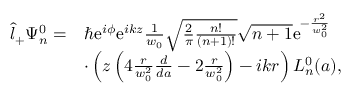
\begin{array} { r l } { \hat { l } _ { + } \Psi _ { n } ^ { 0 } = } & { \hbar \mathrm { e } ^ { i \phi } \mathrm { e } ^ { i k z } \frac { 1 } { w _ { 0 } } \sqrt { \frac { 2 } { \pi } \frac { n ! } { ( n + 1 ) ! } } \sqrt { n + 1 } \mathrm { e } ^ { - \frac { r ^ { 2 } } { w _ { 0 } ^ { 2 } } } } \\ & { \cdot \left( z \left( 4 \frac { r } { w _ { 0 } ^ { 2 } } \frac { d } { d a } - 2 \frac { r } { w _ { 0 } ^ { 2 } } \right) - i k r \right) L _ { n } ^ { 0 } ( a ) , } \end{array}